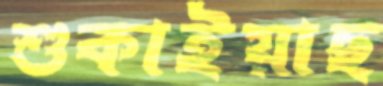
শুকাইয়াছ